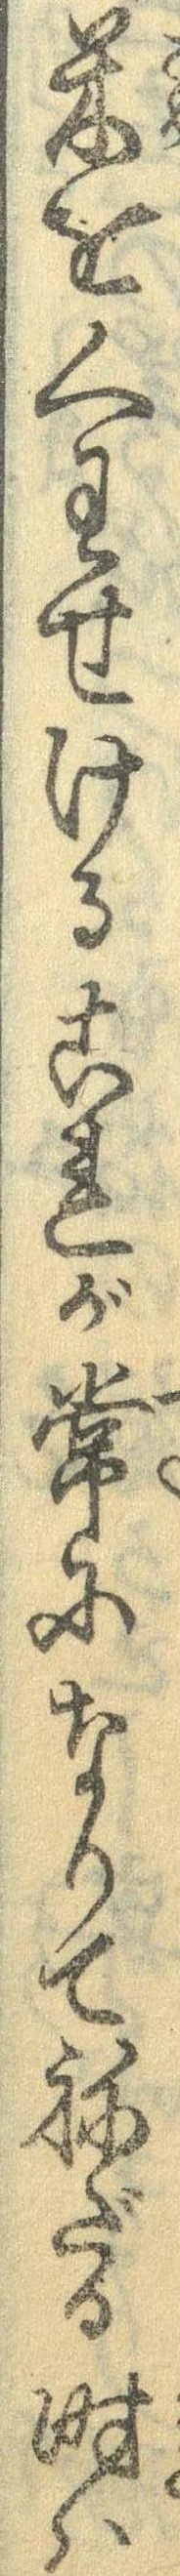
米をくわせけるこれが常になりてねざる時は